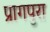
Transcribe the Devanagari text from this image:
प्रागपुरा